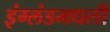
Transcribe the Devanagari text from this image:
इंग्लंडमधली